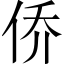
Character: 侨